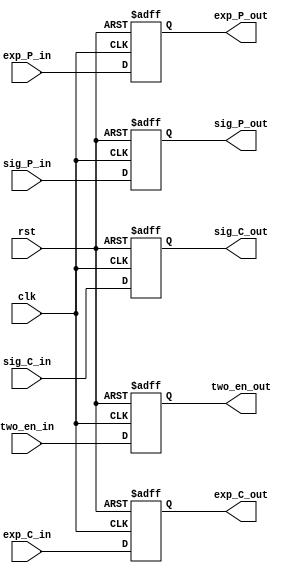
module pipeline_two (clk, rst, exp_P_in, sig_P_in, two_en_in, exp_C_in, sig_C_in, exp_P_out, sig_P_out, two_en_out, exp_C_out, sig_C_out);
    
    input clk, rst;
    input [7:0] exp_P_in, exp_C_in;
    input [49:0] sig_P_in, sig_C_in;
    input [1:0] two_en_in;
    output reg [7:0] exp_P_out, exp_C_out;
    output reg [49:0] sig_P_out, sig_C_out;
    output reg [1:0] two_en_out;


    always @(posedge clk , posedge rst) begin
        if(rst) begin
            exp_P_out <= 8'b0;
            sig_P_out <= 50'b0;
            two_en_out <= 2'b0;
            exp_C_out <= 8'b0;
            sig_C_out <= 50'b0;
        end
        else begin
            exp_P_out <= exp_P_in;
            sig_P_out <= sig_P_in;
            two_en_out <= two_en_in;
            exp_C_out <= exp_C_in;
            sig_C_out <= sig_C_in;
        end
    end

endmodule